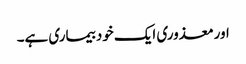
اورمعذوری ایک خود بیماری ہے۔